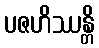
ပဇဟိဿန္တိ